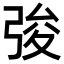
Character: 𢏤